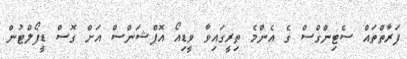
ފަރާތްތައް ސެޓިންގްސް ގެ އެންމެ ތިރީގައިވާ ވީޑިއޯ އޮޕްޝަންސް އަށް ގޮސް ޑީފޯލްޓުން